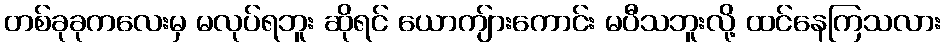
တစ်ခုခုကလေးမှ မလုပ်ရဘူး ဆိုရင် ယောကျ်ားကောင်း မပီသဘူးလို့ ထင်နေကြသလား